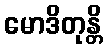
မောဒိတုန္တိ